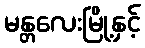
မန္တလေးမြို့နှင့်